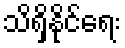
သိရှိနိုင်ရေး